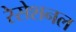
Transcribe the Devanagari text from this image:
रेसेशनल